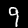
Label: 9